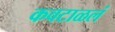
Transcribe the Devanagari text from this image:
कवटाळलं